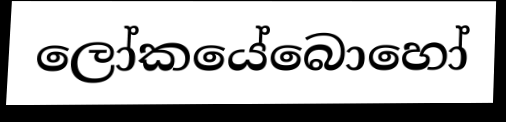
ලෝකයේබොහෝ